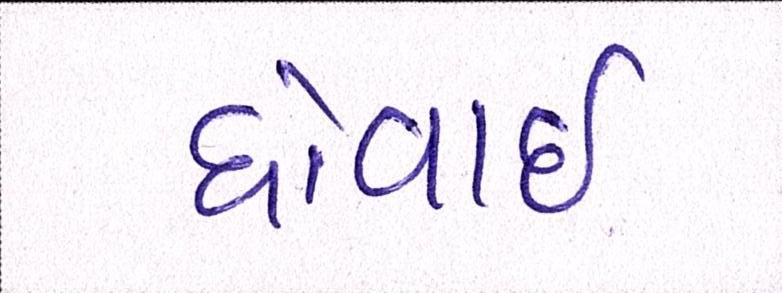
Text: ધોવાઇ